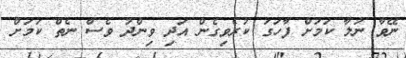
ނޭވާ ނުލާ ކަމަށް ފާހަގަ ކުރެވިގެން އަދި ވިންދު ވެސް ނެތް ކަމަށް